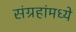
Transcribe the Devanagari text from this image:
संग्रहांमध्ये